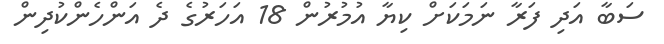
ސަބާ އަދި ފަރާ ނަަމަކަށް ކިޔާ އުމުރުން 18 އަހަރުގެ ދެ އަންހެންކުދިން